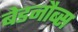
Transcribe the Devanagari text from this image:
बेडनौब्स